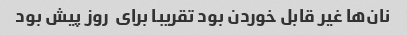
نان‌ها غیر قابل خوردن بود تقریبا برای  روز پیش بود